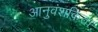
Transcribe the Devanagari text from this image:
आनुवंशकिता